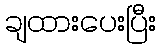
ချထားပေးပြီး